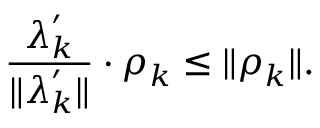
\frac { \boldsymbol { \lambda } _ { k } ^ { \prime } } { \| \boldsymbol { \lambda } _ { k } ^ { \prime } \| } \cdot \boldsymbol { \rho } _ { k } \leq \| \boldsymbol { \rho } _ { k } \| .